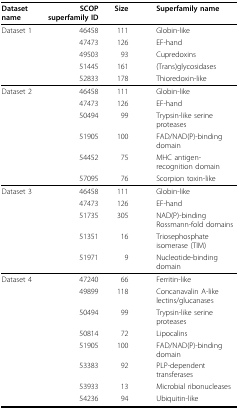
<table><thead><tr><td><b>Dataset name</b></td><td><b>SCOP superfamily ID</b></td><td><b>Size</b></td><td><b>Superfamily name</b></td></tr></thead><tbody><tr><td>Dataset 1</td><td>46458</td><td>111</td><td>Globin-like</td></tr><tr><td></td><td>47473</td><td>126</td><td>EF-hand</td></tr><tr><td></td><td>49503</td><td>93</td><td>Cupredoxins</td></tr><tr><td></td><td>51445</td><td>161</td><td>(Trans)glycosidases</td></tr><tr><td></td><td>52833</td><td>178</td><td>Thioredoxin-like</td></tr><tr><td>Dataset 2</td><td>46458</td><td>111</td><td>Globin-like</td></tr><tr><td></td><td>47473</td><td>126</td><td>EF-hand</td></tr><tr><td></td><td>50494</td><td>99</td><td>Trypsin-like serine proteases</td></tr><tr><td></td><td>51905</td><td>100</td><td>FAD/NAD(P)-binding domain</td></tr><tr><td></td><td>54452</td><td>75</td><td>MHC antigen-recognition domain</td></tr><tr><td></td><td>57095</td><td>76</td><td>Scorpion toxin-like</td></tr><tr><td>Dataset 3</td><td>46458</td><td>111</td><td>Globin-like</td></tr><tr><td></td><td>47473</td><td>126</td><td>EF-hand</td></tr><tr><td></td><td>51735</td><td>305</td><td>NAD(P)-binding Rossmann-fold domains</td></tr><tr><td></td><td>51351</td><td>16</td><td>Triosephosphate isomerase (TIM)</td></tr><tr><td></td><td>51971</td><td>9</td><td>Nucleotide-binding domain</td></tr><tr><td>Dataset 4</td><td>47240</td><td>66</td><td>Ferritin-like</td></tr><tr><td></td><td>49899</td><td>118</td><td>Concanavalin A-like lectins/glucanases</td></tr><tr><td></td><td>50494</td><td>99</td><td>Trypsin-like serine proteases</td></tr><tr><td></td><td>50814</td><td>72</td><td>Lipocalins</td></tr><tr><td></td><td>51905</td><td>100</td><td>FAD/NAD(P)-binding domain</td></tr><tr><td></td><td>53383</td><td>92</td><td>PLP-dependent transferases</td></tr><tr><td></td><td>53933</td><td>13</td><td>Microbial ribonucleases</td></tr><tr><td></td><td>54236</td><td>94</td><td>Ubiquitin-like</td></tr></tbody></table>